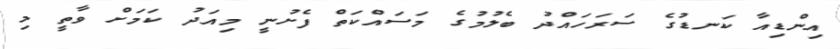
އިންޑިއާ ކަނޑުގެ ސަރަހައްދު ބެލުމުގެ މަސައްކަތް ފެށުނީ މިއަދު ކަމަށް ވާތީ މި